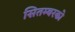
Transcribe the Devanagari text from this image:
सितम्बरको